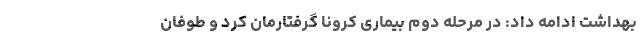
بهداشت ادامه داد: در مرحله دوم بیماری کرونا گرفتارمان کرد و طوفان